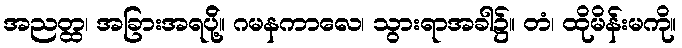
အညတ္ထ၊ အခြားအရပ်ို့။ ဂမနကာလေ၊ သွားရာအခါ၌။ တံ၊ ထိုမိန်းမကို။